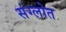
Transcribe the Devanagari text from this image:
संग्लोत